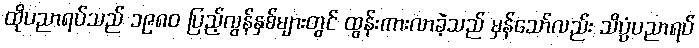
ထိုပညာရပ်သည် ၁၉၈၀ ပြည့်လွန်နှစ်များတွင် ထွန်းကားလာခဲ့သည် မှန်သော်လည်း သိပ္ပံပညာရပ်